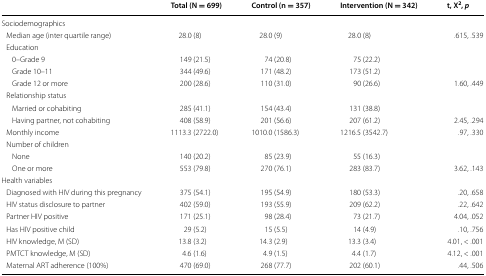
<table><thead><tr><td></td><td><b>Total (N = 699)</b></td><td><b>Control (n = 357)</b></td><td><b>Intervention (N = 342)</b></td><td><b>t, X<sup>2</sup>, <i>p</i></b></td></tr></thead><tbody><tr><td colspan="5">Sociodemographics</td></tr><tr><td> Median age (inter quartile range)</td><td>28.0 (8)</td><td>28.0 (9)</td><td>28.0 (8)</td><td>.615, .539</td></tr><tr><td colspan="5"> Education</td></tr><tr><td>0–Grade 9</td><td>149 (21.5)</td><td>74 (20.8)</td><td>75 (22.2)</td><td></td></tr><tr><td>Grade 10–11</td><td>344 (49.6)</td><td>171 (48.2)</td><td>173 (51.2)</td><td></td></tr><tr><td>Grade 12 or more</td><td>200 (28.6)</td><td>110 (31.0)</td><td>90 (26.6)</td><td>1.60, .449</td></tr><tr><td colspan="5"> Relationship status</td></tr><tr><td>Married or cohabiting</td><td>285 (41.1)</td><td>154 (43.4)</td><td>131 (38.8)</td><td></td></tr><tr><td>Having partner, not cohabiting</td><td>408 (58.9)</td><td>201 (56.6)</td><td>207 (61.2)</td><td>2.45, .294</td></tr><tr><td> Monthly income</td><td>1113.3 (2722.0)</td><td>1010.0 (1586.3)</td><td>1216.5 (3542.7)</td><td>.97, .330</td></tr><tr><td colspan="5"> Number of children</td></tr><tr><td>None</td><td>140 (20.2)</td><td>85 (23.9)</td><td>55 (16.3)</td><td></td></tr><tr><td>One or more</td><td>553 (79.8)</td><td>270 (76.1)</td><td>283 (83.7)</td><td>3.62, .143</td></tr><tr><td colspan="5">Health variables</td></tr><tr><td> Diagnosed with HIV during this pregnancy</td><td>375 (54.1)</td><td>195 (54.9)</td><td>180 (53.3)</td><td>.20, .658</td></tr><tr><td> HIV status disclosure to partner</td><td>402 (59.0)</td><td>193 (55.9)</td><td>209 (62.2)</td><td>.22, .642</td></tr><tr><td> Partner HIV positive</td><td>171 (25.1)</td><td>98 (28.4)</td><td>73 (21.7)</td><td>4.04, .052</td></tr><tr><td> Has HIV positive child</td><td>29 (5.2)</td><td>15 (5.5)</td><td>14 (4.9)</td><td>.10, .756</td></tr><tr><td> HIV knowledge, M (SD)</td><td>13.8 (3.2)</td><td>14.3 (2.9)</td><td>13.3 (3.4)</td><td>4.01, &lt; .001</td></tr><tr><td> PMTCT knowledge, M (SD)</td><td>4.6 (1.6)</td><td>4.9 (1.5)</td><td>4.4 (1.7)</td><td>4.12, &lt; .001</td></tr><tr><td> Maternal ART adherence (100%)</td><td>470 (69.0)</td><td>268 (77.7)</td><td>202 (60.1)</td><td>.44, .506</td></tr></tbody></table>